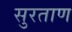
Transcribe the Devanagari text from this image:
सुरताण